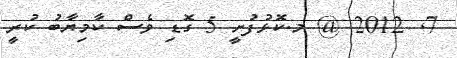
7